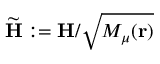
\widetilde { \bf H } : = { \bf H } / \sqrt { M _ { \mu } ( { \bf r } ) }